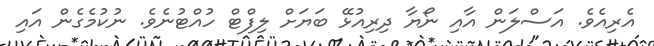
އެރިއެވެ. އަސްލަން އާއި ނޯޔާ ދިރިއުޅޭ ބަޔަށް ލިފްޓް ހުއްޓުނެވެ. ނުކުމެގެން އައި